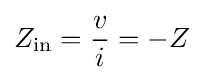
Z_{\text{in}}={v \over i}=-Z